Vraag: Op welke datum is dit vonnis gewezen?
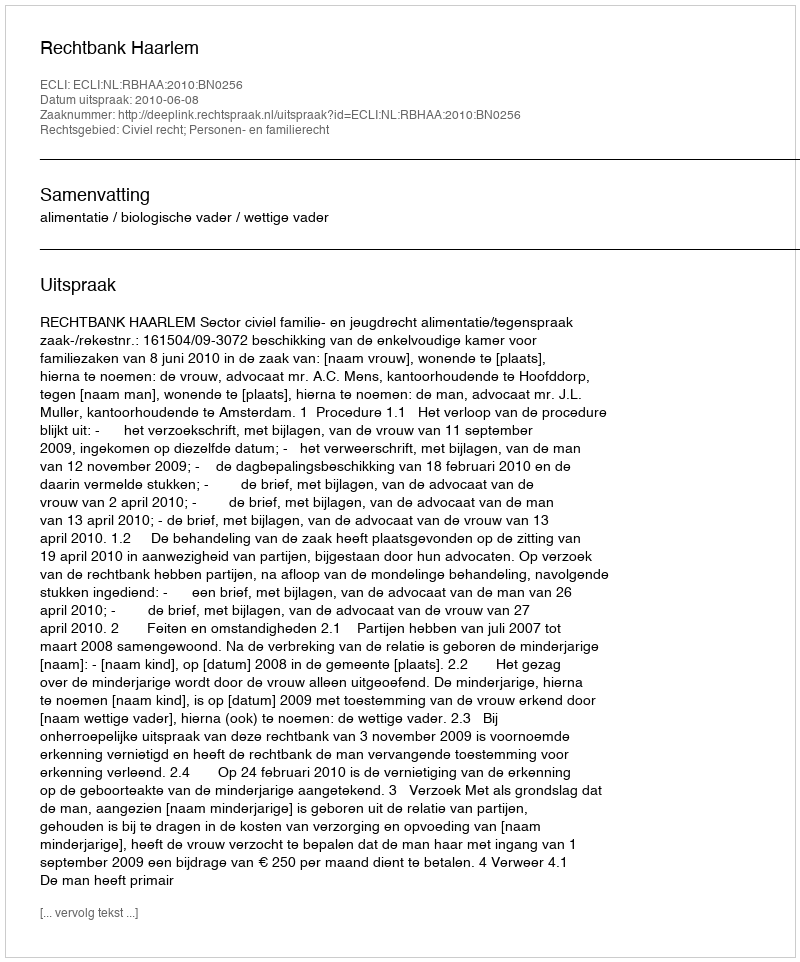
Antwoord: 2010-06-08